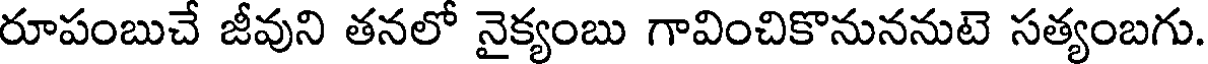
రూపంబుచే జీవుని తనలో నైక్యంబు గావించికొనుననుటె సత్యంబగు.